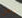
رجل